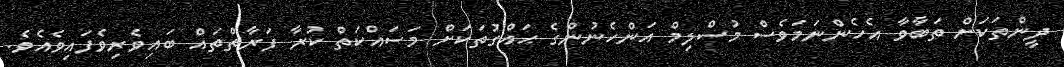
ދީންތަކަށް ތަބާވާ އެހެންނަމަވެސް މުސްލިމް އަންހެނުންގެ ޙައްގުތަކަށް މަސައްކަތް ކުރާ ފަރާތްތައް ބައިވެރިވެފައިވެއެވެ.